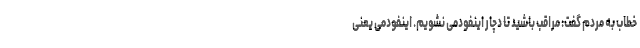
خطاب به مردم گفت: مراقب باشید تا دچار اینفودمی نشویم. اینفودمی یعنی